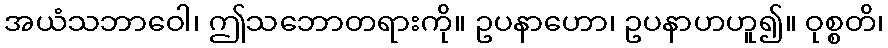
အယံသဘာဝေါ၊ ဤသဘောတရားကို။ ဥပနာဟော၊ ဥပနာဟဟူ၍။ ဝုစ္စတိ၊